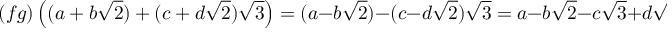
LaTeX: ( f g ) \left( ( a + b { \sqrt { 2 } } ) + ( c + d { \sqrt { 2 } } ) { \sqrt { 3 } } \right) = ( a - b { \sqrt { 2 } } ) - ( c - d { \sqrt { 2 } } ) { \sqrt { 3 } } = a - b { \sqrt { 2 } } - c { \sqrt { 3 } } + d { \sqrt { 6 } } .